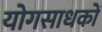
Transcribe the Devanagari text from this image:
योगसाधकों